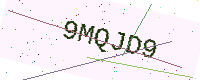
Text: 9MQJD9